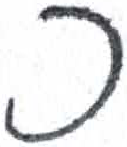
אות: כ